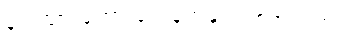
နယ်သားတော့ သေနတ်နှင့် ပစ်အသတ်ပဲ